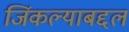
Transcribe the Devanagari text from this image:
जिंकल्याबद्दल